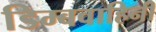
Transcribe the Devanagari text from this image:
डिम्बवाहिनी